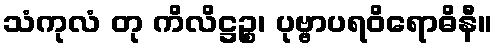
သံကုလံ တု ကိလိဋ္ဌဉ္စ၊ ပုဗ္ဗာပရဝိရောဓိနီ။